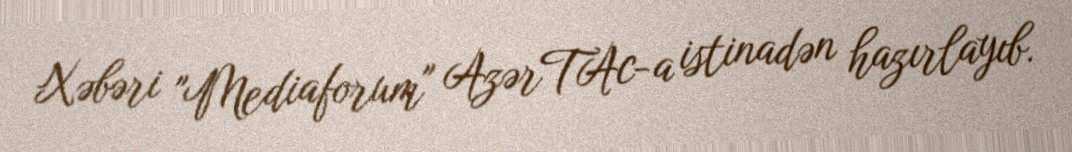
Xəbəri "Mediaforum" AzərTAc-a istinadən hazırlayıb.